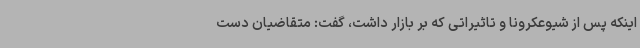
اینکه پس از شیوعکرونا و تاثیراتی که بر بازار داشت، گفت: متقاضیان دست‌